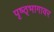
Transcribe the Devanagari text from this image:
पृष्ठ्भागावर